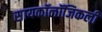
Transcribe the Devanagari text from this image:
सायकॉलॉजिकली